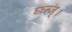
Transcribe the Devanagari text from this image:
घ्घ्त्ज्।